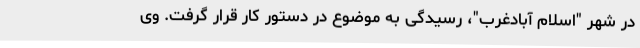
در شهر "اسلام آبادغرب"، رسیدگی به موضوع در دستور کار قرار گرفت. وی